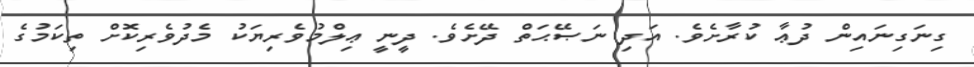
ގިނަގިނައިން ދުޢާ ކުރާށެވެ. އަދި ނަޞޭޙަތް ދޭށެވެ. ދީނީ ޢިލްމުވެރިޔަކު މެދުވެރިކޮށް ތިކަމުގެ